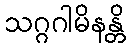
သဂ္ဂဂါမိနန္တိ